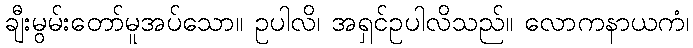
ချီးမွမ်းတော်မူအပ်သော။ ဥပါလိ၊ အရှင်ဥပါလိသည်။ လောကနာယကံ၊